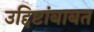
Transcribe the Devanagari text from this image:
उद्दिष्टांबाबत